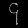
Digit: ၄